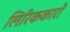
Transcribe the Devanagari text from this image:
लिरिककारों